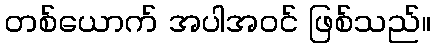
တစ်ယောက် အပါအဝင် ဖြစ်သည်။